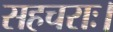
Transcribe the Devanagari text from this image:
सहचराः।